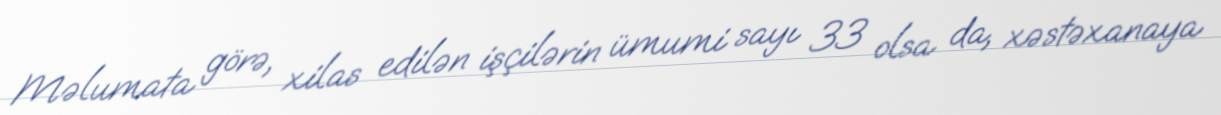
Məlumata görə, xilas edilən işçilərin ümumi sayı 33 olsa da, xəstəxanaya